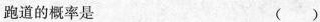
跑道的概率是 ( )